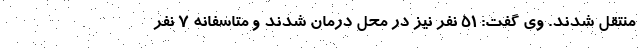
منتقل شدند. وی گفت: ۵١ نفر نیز در محل درمان شدند و متاسفانه ٧ نفر